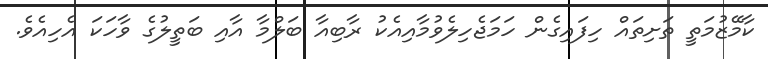
ކާމޭޒުމަތީ ތަށިތައް ހިފައިގެން ހަމަޖެހިލެވުމާއިއެކު ރާބިއާ ބަލްމާ އާއި ބަތީލުގެ ވާހަކަ އެހިއެވެ.